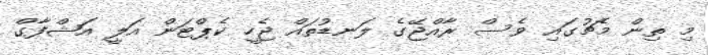
މި ތިން މެޗުގައި ވެސް ރާއްޖޭގެ ލަނޑުތައް ޖެހީ ކެޕްޓަން އަލީ އަޝްފާގް